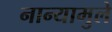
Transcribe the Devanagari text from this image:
नान्यामुले